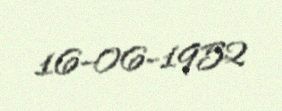
16-06-1952